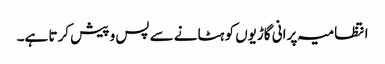
انتظامیہ پرانی گاڑیوں کو ہٹانے سے پس و پیش کرتا ہے۔